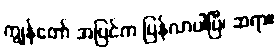
ကျွန်တော် အပြင်က ပြန်လာပါပြီ၊ ဆရာ။